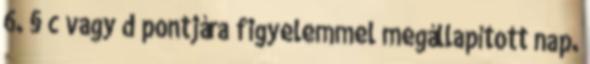
6. § c vagy d pontjára figyelemmel megállapított nap.